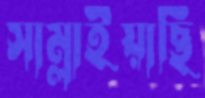
সাম্‌লাইয়াছি